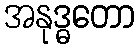
အနုဒ္ဓတော